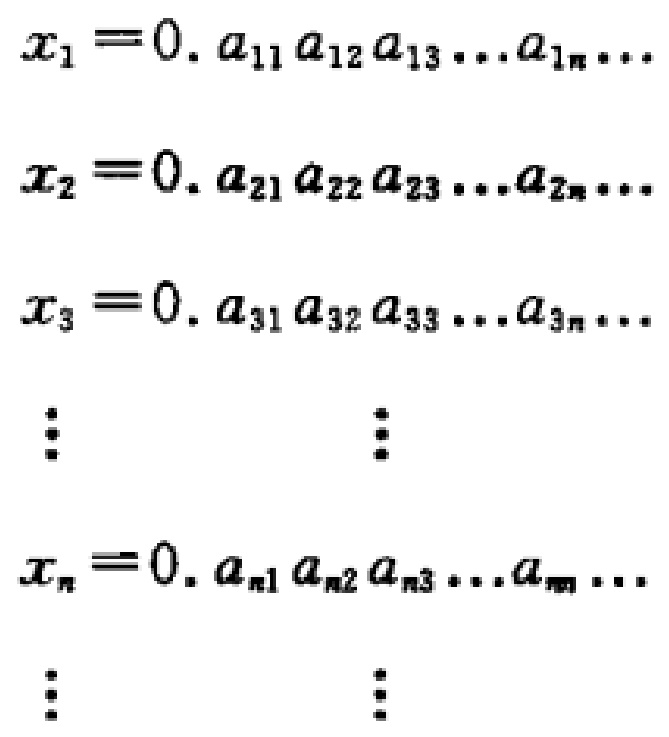
\[
\begin{align*}
x_1&=0.a_{11}a_{12}a_{13}\cdots a_{1n}\cdots\\
x_2&=0.a_{21}a_{22}a_{23}\cdots a_{2n}\cdots\\
x_3&=0.a_{31}a_{32}a_{33}\cdots a_{3n}\cdots\\
&\vdots\quad\quad\quad\vdots\\
x_n&=0.a_{n1}a_{n2}a_{n3}\cdots a_{nn}\cdots\\
&\vdots\quad\quad\quad\vdots
\end{align*}
\]